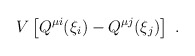
\begin{align*}V\left[ Q^{\mu i}(\xi _i)-Q^{\mu j}(\xi _j)\right] \ .\end{align*}